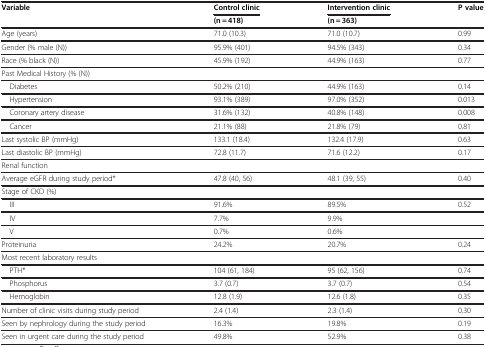
<table><thead><tr><td><b>Variable</b></td><td><b>Control clinic</b></td><td><b>Intervention clinic</b></td><td><b>P value</b></td></tr><tr><td><b> </b></td><td><b>(n = 418)</b></td><td><b>(n = 363)</b></td><td><b> </b></td></tr></thead><tbody><tr><td>Age (years)</td><td>71.0 (10.3)</td><td>71.0 (10.7)</td><td>0.99</td></tr><tr><td>Gender (% male (N))</td><td>95.9% (401)</td><td>94.5% (343)</td><td>0.34</td></tr><tr><td>Race (% black (N))</td><td>45.9% (192)</td><td>44.9% (163)</td><td>0.77</td></tr><tr><td>Past Medical History (% (N))</td><td> </td><td> </td><td> </td></tr><tr><td> Diabetes</td><td>50.2% (210)</td><td>44.9% (163)</td><td>0.14</td></tr><tr><td> Hypertension</td><td>93.1% (389)</td><td>97.0% (352)</td><td>0.013</td></tr><tr><td> Coronary artery disease</td><td>31.6% (132)</td><td>40.8% (148)</td><td>0.008</td></tr><tr><td> Cancer</td><td>21.1% (88)</td><td>21.8% (79)</td><td>0.81</td></tr><tr><td>Last systolic BP (mmHg)</td><td>133.1 (18.4)</td><td>132.4 (17.9)</td><td>0.63</td></tr><tr><td>Last diastolic BP (mmHg)</td><td>72.8 (11.7)</td><td>71.6 (12.2)</td><td>0.17</td></tr><tr><td>Renal function</td><td> </td><td> </td><td> </td></tr><tr><td>Average eGFR during study period*</td><td>47.8 (40, 56)</td><td>48.1 (39, 55)</td><td>0.40</td></tr><tr><td>Stage of CKD (%)</td><td> </td><td> </td><td> </td></tr><tr><td> III</td><td>91.6%</td><td>89.5%</td><td>0.52</td></tr><tr><td> IV</td><td>7.7%</td><td>9.9%</td><td> </td></tr><tr><td> V</td><td>0.7%</td><td>0.6%</td><td> </td></tr><tr><td>Proteinuria</td><td>24.2%</td><td>20.7%</td><td>0.24</td></tr><tr><td>Most recent laboratory results</td><td> </td><td> </td><td> </td></tr><tr><td> PTH*</td><td>104 (61, 184)</td><td>95 (62, 156)</td><td>0.74</td></tr><tr><td> Phosphorus</td><td>3.7 (0.7)</td><td>3.7 (0.7)</td><td>0.54</td></tr><tr><td> Hemoglobin</td><td>12.8 (1.9)</td><td>12.6 (1.8)</td><td>0.35</td></tr><tr><td>Number of clinic visits during study period</td><td>2.4 (1.4)</td><td>2.3 (1.4)</td><td>0.30</td></tr><tr><td>Seen by nephrology during the study period</td><td>16.3%</td><td>19.8%</td><td>0.19</td></tr><tr><td>Seen in urgent care during the study period</td><td>49.8%</td><td>52.9%</td><td>0.38</td></tr></tbody></table>